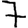
Digit: 7